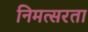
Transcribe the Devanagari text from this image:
निमत्सरता